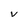
Character: V